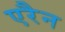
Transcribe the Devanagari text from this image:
एरैन